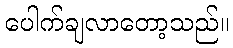
ပေါက်ချလာတော့သည်။